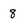
Character: 8